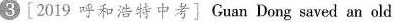
3[2019 呼和浩特中考] Guan Dong saved an old